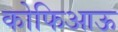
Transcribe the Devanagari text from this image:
कोफिआऊ